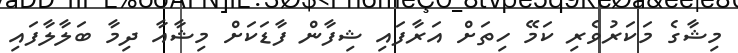
މިޝާގެ މަކަރުވެރި ކަމޭ ހިތަށް އަރާފައި ޝިފާން ފާޑަކަށް މިޝާއާ ދިމާ ބަލާލާފައި